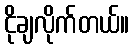
ငိုချလိုက်တယ်။